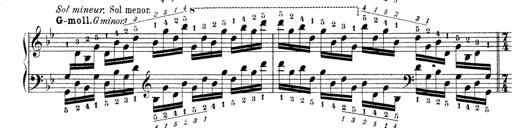
Title: Technische Studien
Composer: Franz Liszt